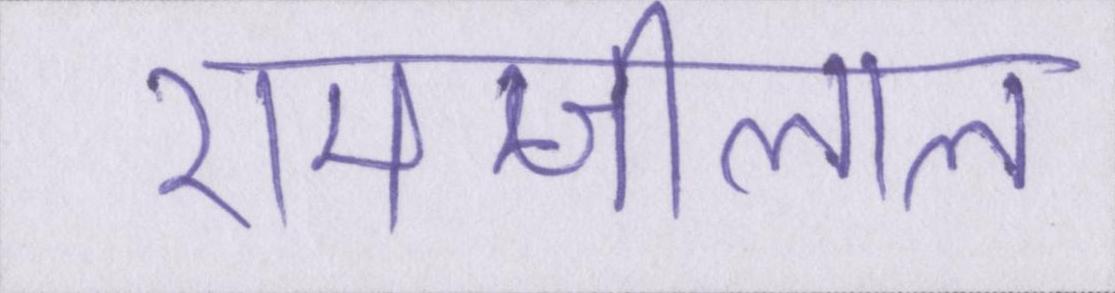
रामजीलाल